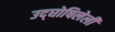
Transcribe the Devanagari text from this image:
उद्‌घोषिलेली